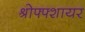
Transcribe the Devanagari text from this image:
श्रोफ्फ्शायर